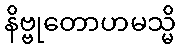
နိဗ္ဗုတောဟမသ္မိ